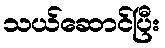
သယ်ဆောင်ပြီး